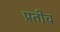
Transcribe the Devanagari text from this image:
प्रतीच